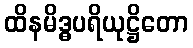
ထိနမိဒ္ဓပရိယုဋ္ဌိတော